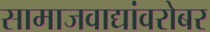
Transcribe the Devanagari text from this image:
सामाजवाद्यांवरोबर